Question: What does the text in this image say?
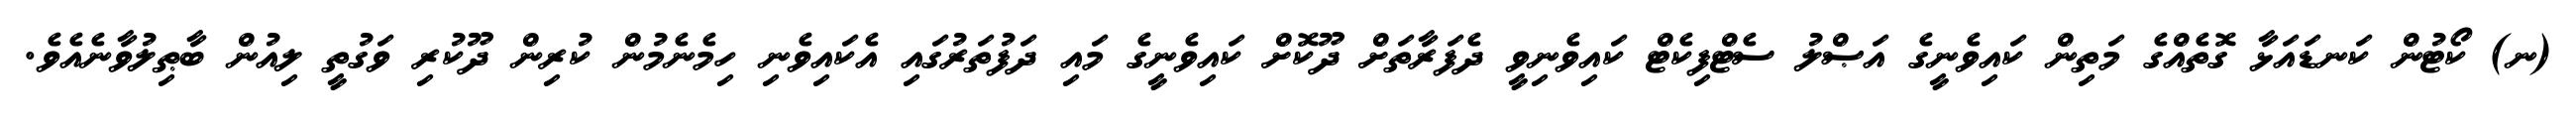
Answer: (ނ) ކޯޓުން ކަނޑައަޅާ ގޮތެއްގެ މަތިން ކައިވެނީގެ އަޞްލު ސެޓްފިކެޓް ކައިވެނިވީ ދެފަރާތަށް ދޫކޮށް ކައިވެނީގެ މައި ދަފުތަރުގައި އެކައިވެނި ހިމެނެމުން ކުރިން ދޫކުރި ވަގުތީ ލިއުން ބާޠިލުވާނެއެވެ.